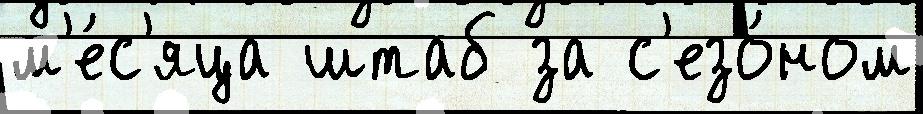
м'е́с'яца штаб за с'езо́ном